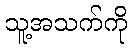
သူ့အသက်ကို